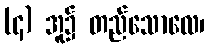
(၄) အူ၌ တည်သောလေ၊